Annual statistical returns and brief notes on vaccination in Bengal - 1887-1898
Year: 1887
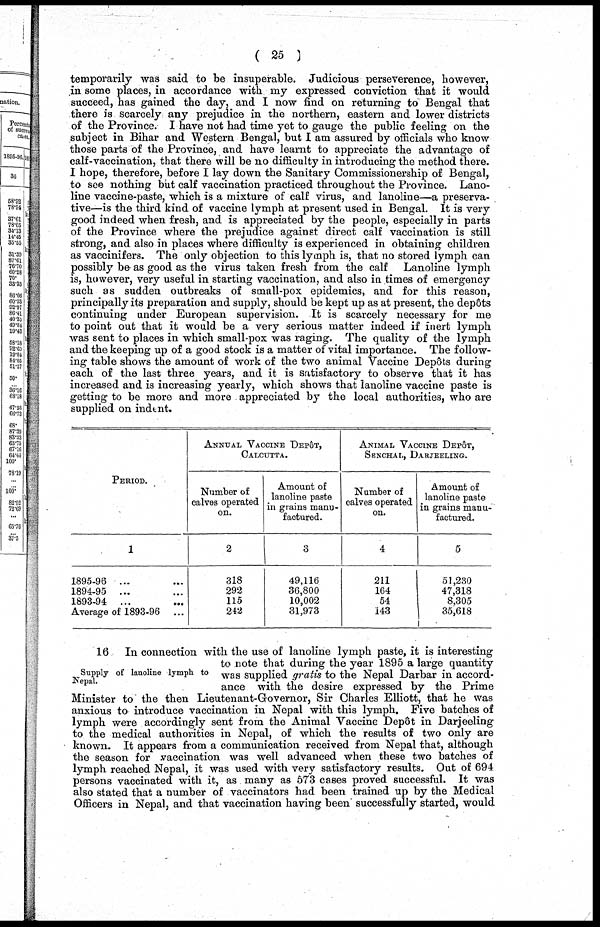
( 25 )
temporarily was said to be insuperable. Judicious perseverence, however,
in some places, in accordance with my expressed conviction that it would
succeed, has gained the day, and I now find on returning to Bengal that
there is scarcely any prejudice in the northern, eastern and lower districts
of the Province. I have not had time yet to gauge the public feeling on the
subject in Bihar and Western Bengal, but I am assured by officials who know
those parts of the Province, and have learnt to appreciate the advantage of
calf-vaccination, that there will be no difficulty in introducing the method there.
I hope, therefore, before I lay down the Sanitary Commissionership of Bengal,
to see nothing but calf vaccination practiced throughout the Province. Lano-
line vaccine-paste, which is a mixture of calf virus, and lanoline—a preserva-
tive—is the third kind of vaccine lymph at present used in Bengal. It is very
good indeed when fresh, and is appreciated by the people, especially in parts
of the Province where the prejudice against direct calf vaccination is still
strong, and also in places where difficulty is experienced in obtaining children
as vaccinifers. The only objection to this lymph is, that no stored lymph can
possibly be as good as the virus taken fresh from the calf Lanoline lymph
is, however, very useful in starting vaccination, and also in times of emergency
such as sudden outbreaks of small-pox epidemics, and for this reason,
principally its preparation and supply, should be kept up as at present, the dep6ts
continuing under European supervision. It is scarcely necessary for me
to point out that it would be a very serious matter indeed if inert lymph
was sent to places in which small-pox was raging. The quality of the lymph
and the keeping up of a good stock is a matter of vital importance. The follow-
ing table shows the amount of work of the two animal Vaccine Depôts during
each of the last three years, and it is satisfactory to observe that it has
increased and is increasing yearly, which shows that lanoline vaccine paste is
getting to be more and more . appreciated by the local authorities, who are
supplied on indent.
PERIOD.
1
1895-96... ...
1894-95... ...
1893-94... ...
Average of 1893-96... ...
ANNUAL VACCINE DEPÔT,
CALCUTTA.
Number of
calves operated
on.
2
318
292
115
242
Amount of
lanoline paste
in grains manu-
factured.
3
49,116
36,800
10,002
31,973
ANIMAL VACCINE DEPÔT,
SENCHAI., DARJEELING.
Number of
calves operated
on.
4
211
164
54
143
Amount of
lanoline paste
in grains manu-
factured.
5
51,230
47,318
8,305
35,618
Supply of lanoline lymph to
Nepal.
16 In connection with the use of lanoline lymph paste, it is interesting
to note that during the year 1895 a large quantity
was supplied gratis to the Nepal Darbar in accord-
ance with the desire expressed by the Prime
Minister to the then Lieutenant-Governor, Sir Charles Elliott, that he was
anxious to introduce vaccination in Nepal with this lymph. Five batches of
lymph were accordingly sent from the Animal Vaccine Depôt in Darjeeling
to the medical authorities in Nepal, of which the results of two only are
known. It appears from a communication received from Nepal that, although
the season for vaccination was well advanced when these two batches of
lymph reached Nepal, it was used with very satisfactory results. Out of 694
persons vaccinated with it, as many as 573 cases proved successful. It was
also stated that a number of vaccinators had been trained up by the Medical
Officers in Nepal, and that vaccination having been successfully started, would